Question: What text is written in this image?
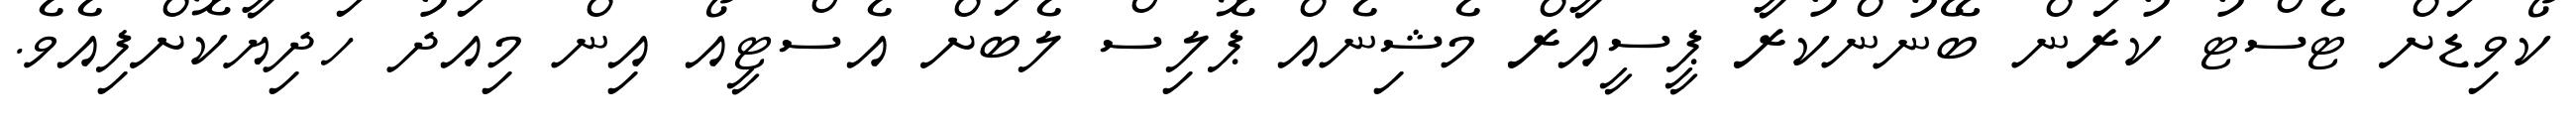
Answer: ކޯވިޑަށް ޓެސްޓު ކުރަން ބޭނުންކުރާ ޕީސީއާރް މެޝިނެއް ޕޮލިސް ލެބަށް އެސްޓީއޯ އިން މިއަދު ހަދިޔާކޮށްފިއެވެ.